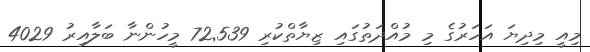
މިއީ މިދިޔަ އަހަރުގެ މި މުއްދަތުގައި ޒިޔާތްކުރި 72